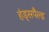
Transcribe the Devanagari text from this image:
हंड्सपैल्ड